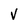
Character: V